Lunatic asylums Punjab 1895-1910 - 1895-1910
Year: 1895
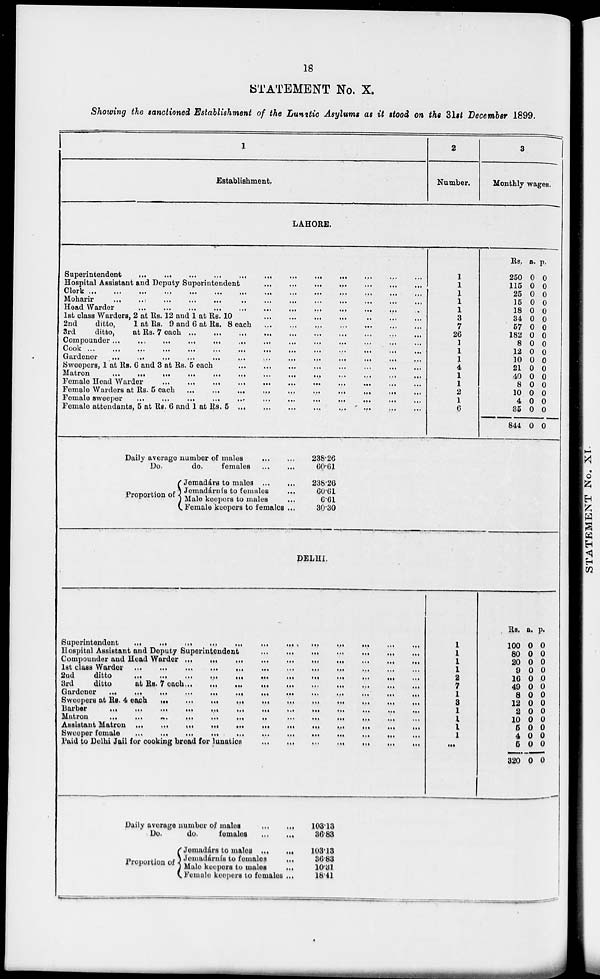
18
STATEMENT No. X.
Showing the sanctioned Establishment of the Lunatic Asylums as it stood on the 31st December 1899.
1
Establishment.
2
Number.
3
Monthly wages.
LAHORE.
Superintendent
...
...
...
...
...
...
...
...
...
Hospital Assistant and Deputy Superintendent
...
...
...
...
...
...
...
...
...
Clerk ...
...
...
...
...
...
...
...
...
...
...
...
...
Moharir
...
..:
...
...
...
..
...
...
...
...
...
...
Head Warder
...
...
...
...
...
...
...
...
...
...
...
1st class Warders, 2 at Rs. 12 and 1 at Rs. 10
...
...
...
...
...
...
...
...
...
2nd
ditto,
1 at lis. 9 and 6 at Rs. 8 each
...
...
...
...
...
...
...
...
...
3rd
ditto,
at Rs. 7 each
...
...
...
...
...
...
...
...
...
Compounder
...
...
...
...
...
...
...
...
...
Cook ... ... ... ... ... ... ... ... ...
Gardener
...
...
...
...
...
...
...
...
...
...
...
...
Sweepers, 1 at Rs. C and 3 at Rs. 5 each
...
...
...
...
...
...
...
...
...
Matron
...
...
...
...
...
...
...
...
...
...
...
...
...
Female Head Warder
...
...
...
...
...
...
...
...
...
...
Female Warders at Rs. 5 each
...
...
...
....
...
...
...
...
...
Female sweeper
...
...
...
...
...
...
...
...
...
...
...
Female attendants, 5 at Rs. 6 and 1 at Rs. 5 ... ... ... ... ... ... ... ... ...
Daily average number of males
Do.
do.
females
...
...
Proportion of
Jemadárs to males ...
...
Jomadárnís to females
Male keepers to males
Female keepers to females ...
238.26
60.61
238.26
60.61
6.61
30.30
1
1
1
1
1
3
7
26
1
1
1
4
1
1
2
1
6
Rs.
250
115
25
15
18
34
57
182
8
12
10
21
40
8
10
4
35
844
a.
0
0
0
0
0
0
0
0
0
0
0
0
0
0
0
0
0
0
p.
0
0
0
0
0
0
0
0
0
0
0
0
0
0
0
0
0
0
DELHI.
Superintendent
...
...
...
...
...
... ... .
...
....
...
...
...
Hospital Assistant and Deputy Superintendent ... ... ... ... ... ... ... . ... .... ... ... ...
Compounder and Head Warder ... ... ... ... ... ... ... . ... .... ... ... ...
1st class Warder ...
...
...
...
...
...
...
...
...
...
...
2nd
ditto
...
...
...
...
...
...
...
.
...
....
...
...
...
3rd
ditto
at Rs. 7 each ... ... ... ... ... ... ... . ... .... ... ... ...
Gardener
...
...
...
...
...
...
...
.
...
....
...
...
...
Sweepers at Rs. 4 each
...
...
...
...
...
...
...
...
...
...
...
Barber
...
...
...
...
...
...
...
...
...
...
...
...
...
Matron
...
...
...
...
...
...
...
..
...
...
...
...
...
Assistant Matron ...
...
...
...
...
...
...
...
...
...
...
...
Sweeper female
...
...
...
...
...
...
...
...
...
...
...
...
Paid to Delhi Jail for cooking broad for lunatics ... ... ... ... ... ... ... . ... .... ... ... ...
Daily average number of males
...
...
Do.
do.
females
...
...
Proportion of
Jemadars to males ...
...
Jemadárnís to females
...
Male keepers to males ...
Female keepers to females ...
103.13
36.83
103.13
36.83
10.3l
18.41
1
1
1
1
2
7
1
3
1
1
1
1
...
Rs.
100
80
20
9
16
49
8
12
2
10
6
4
6
320
a.
0
0
0
0
0
0
0
0
0
0
0
0
0
0
p.
0
0
0
0
0
0
0
0
0
0
0
0
0
0